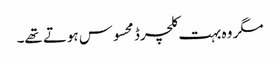
مگر وہ بہت کلچرڈ محسوس ہوتے تھے۔